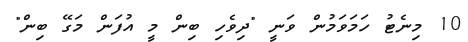
10 މިނެޓު ހަމަވަމުން ވަނީ "ދިވެހި ބިން މީ އުފަން މަގޭ ބިން"